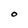
Character: O